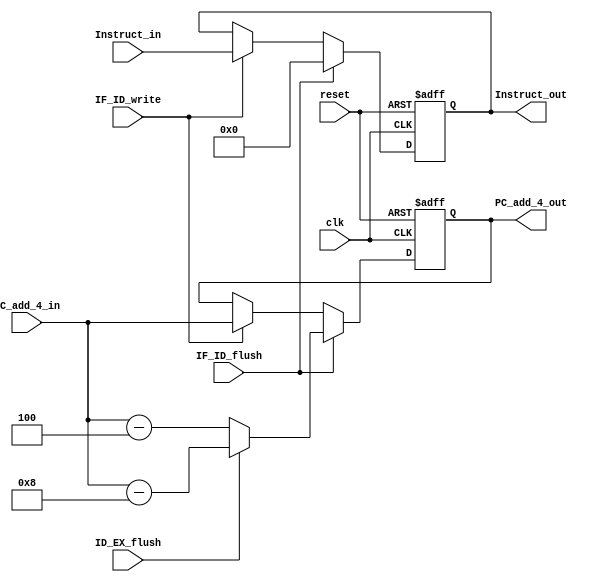
module IF_ID_Reg(clk, reset, IF_ID_flush, ID_EX_flush, IF_ID_write, PC_add_4_in, Instruct_in,
	PC_add_4_out, Instruct_out);
	
input clk;
input reset;
input IF_ID_flush;
input ID_EX_flush;
input IF_ID_write;
input [31:0] PC_add_4_in;
input [31:0] Instruct_in;
output reg [31:0] PC_add_4_out;
output reg [31:0] Instruct_out;

always @(posedge clk or negedge reset) begin
	if (~reset) begin
		PC_add_4_out <= 32'h8000_0000;
		Instruct_out <= 32'h0000_0000;
	end
	else begin
		if(IF_ID_flush) begin
			// Here we do not flush PC to zeor to cope with IRQ hazard
			if(ID_EX_flush) begin
				PC_add_4_out <= PC_add_4_in - 8;
			end
			else begin
				PC_add_4_out <= PC_add_4_in - 4;
			end
			Instruct_out <= 32'h0000_0000;
		end
		else begin
			if (IF_ID_write) begin
				PC_add_4_out <= PC_add_4_in;
				Instruct_out <= Instruct_in;
			end
		end
	end
end

endmodule